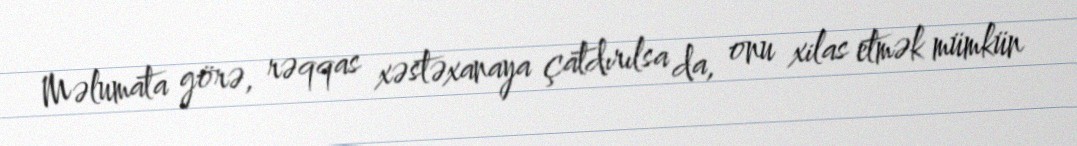
Məlumata görə, rəqqas xəstəxanaya çatdırılsa da, onu xilas etmək mümkün